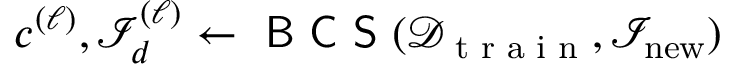
{ \boldsymbol { c } } ^ { ( \ell ) } , { \mathcal { I } } _ { d } ^ { ( \ell ) } \gets \textsf { B C S } ( \mathscr { D } _ { \textrm { t r a i n } } , { \mathcal { I } } _ { \mathrm { n e w } } )